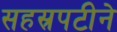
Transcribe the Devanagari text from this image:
सहस्रपटीने